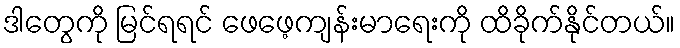
ဒါတွေကို မြင်ရရင် ဖေဖေ့ကျန်းမာရေးကို ထိခိုက်နိုင်တယ်။